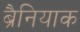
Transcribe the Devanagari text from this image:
ब्रैनियाक